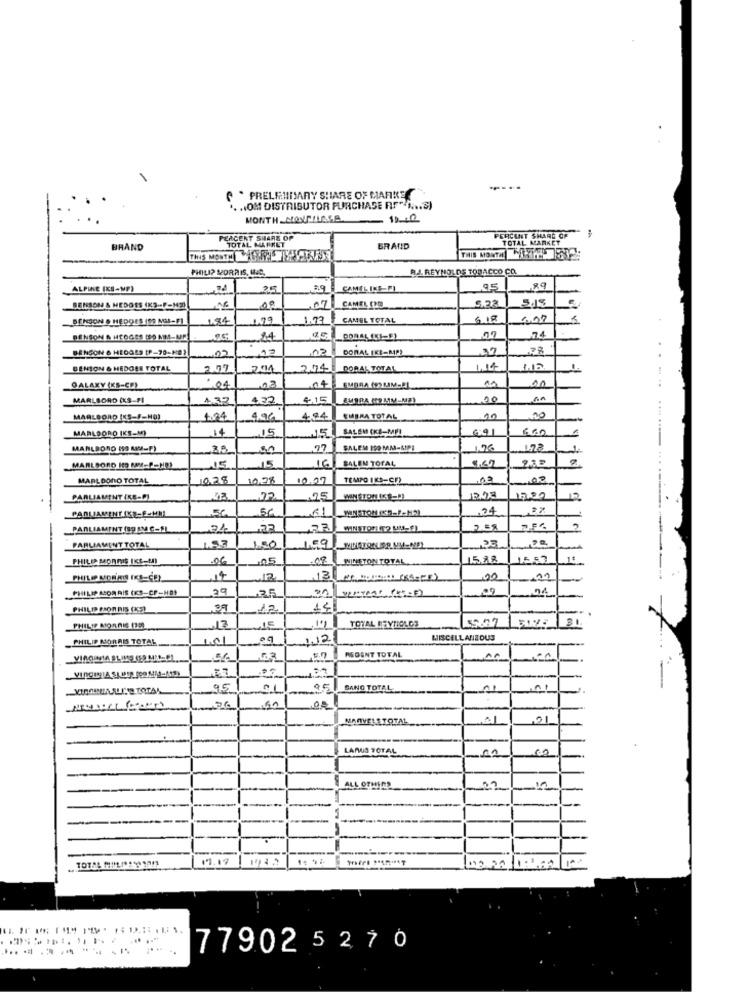
" PRELIMINARY SHARE OF MARINE
.. .. OM DISTRIBUTOR PURCHASE RIF" A ... S)
MONTH MONTHISA
10.00
PERCENT SHARE OF
PERCENT SHARE OF
TOTAL MARKET
TOTAL MARKET
BRAND
BRAND
THIS MONTH CRISTAL
THIS MONTH OFY2
PHILIP MORRIS, INC.
BA. REYNOLDS TOBACCO CO.
ALPINE (KS-MP)
29
CAMEL INS-FI
95
89
00
5.22
5.15
BENSON & HEDGES (X3-
07
CAMEL (20
BENSON & HEDGES (99 NOS-FI
1.73
CAMEL TOTAL
GIR
24
74
BENSON & HEDGES [P-70-183
DORAL IKE-MP)
BENSON & HEDGES TOTAL
2.07
2011
DORAL TOTAL
GALAXY (KS-CE)
04
04
MARLBORO (KS-FI
1.32
4.22
4.15
EMBRA KOMM-ME1
00
MARLBORO IKS-F-MO)
4,96
404
EMERA TOTAL
MARLBORO (KS-M)
14
SALEM CKE-MFI
6.91
660
15
15
MARLBORO 19 MM-F)
00
97
SALEM 100 MM-MIFI
1.26
1.28
BALEN TOTAL
MARLBORO HO PPY-P-NO)
15
16
MARLDONO TOTAL
10.26
10,28
10.07
TEMPO 1KS-95)
02
PARLIAMENT (KE-PI
.05
1522
PARLAMENT (KE-E-HML
61
WINSTON (5-F-HAL
24
PARLIAMENT (SPAM C-SL
208
1.53
PARLIAMENT TOTAL
100
09
PHILIP MORRIS (KE -- M)
06
,05
.09
WINSTON TOTAL
1588
15:7
04
13
00
PHILIP ACOR RIS (KS-CF-HO)
.39
PHILIP PAOR RIS (S)
12
14
5.27
PHILIP MORRIS (250
12
TOTAL BEYTIOLOS
PHILIP MORRIS TOTAL
1.01
12
MISCELLANEOUS
REGENT TOTAL
00
95
951
BANG TOTAL
MARVELS TOTAL
01
01
-
LANUS TOTAL
-
ALL OTHERS
22
----
19.18 1775 1542 POPPE PARMA
77902 5270